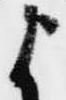
よ